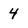
Character: 4